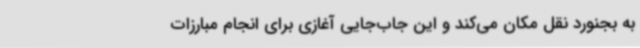
به بجنورد نقل مکان می‌کند و این جاب‌جایی آغازی برای انجام مبارزات